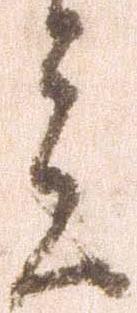
言